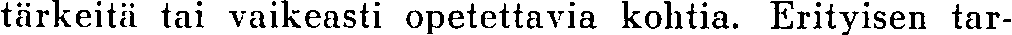
tärkeitä tai vaikeasti opetettavia kohtia. Erityisen tar-